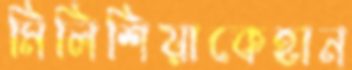
মিলিশিয়াকেহান